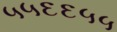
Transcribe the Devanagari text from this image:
५५६६५५